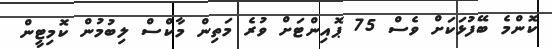
ކޮންމެ ބޭފުޅަކަށް ވެސް 75 ޕޮއިންޓަށް ވުރެ މަތިން މާކްސް ލިބުމުން ކޮމިޓީން